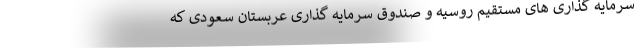
سرمایه گذاری های مستقیم روسیه و صندوق سرمایه گذاری عربستان سعودی که